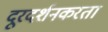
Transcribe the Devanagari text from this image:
दूरदर्शनकरता